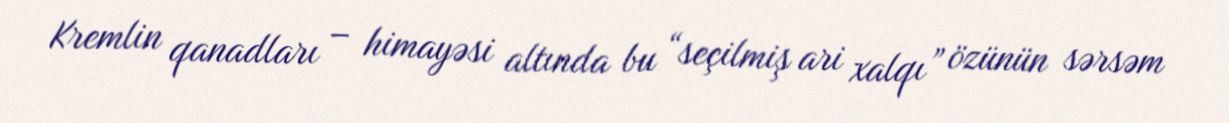
Kremlin qanadları – himayəsi altında bu “seçilmiş ari xalqı” özünün sərsəm